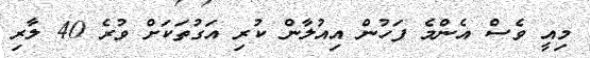
މިއީ ވެސް އެންމެ ފަހުން އިއުލާން ކުރި އަގުތަކަށް ވުރެ 40 ލާރި